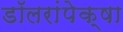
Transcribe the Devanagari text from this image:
डॉलरांपेक्षा